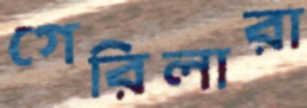
গেরিলারা